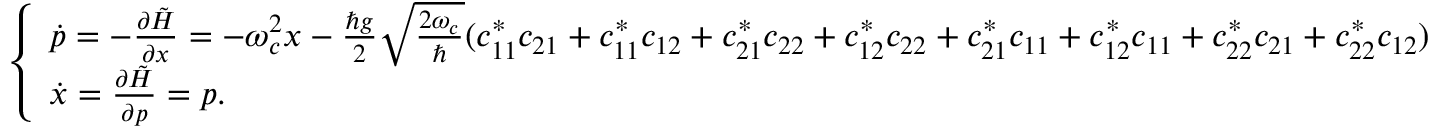
\begin{array} { r } { \left\{ \begin{array} { l l } { \dot { p } = - \frac { \partial \tilde { H } } { \partial x } = - \omega _ { c } ^ { 2 } x - \frac { \hbar g } { 2 } \sqrt { \frac { 2 \omega _ { c } } { \hbar } } ( c _ { 1 1 } ^ { * } c _ { 2 1 } + c _ { 1 1 } ^ { * } c _ { 1 2 } + c _ { 2 1 } ^ { * } c _ { 2 2 } + c _ { 1 2 } ^ { * } c _ { 2 2 } + c _ { 2 1 } ^ { * } c _ { 1 1 } + c _ { 1 2 } ^ { * } c _ { 1 1 } + c _ { 2 2 } ^ { * } c _ { 2 1 } + c _ { 2 2 } ^ { * } c _ { 1 2 } ) } \\ { \dot { x } = \frac { \partial \tilde { H } } { \partial p } = p . } \end{array} \right. } \end{array}